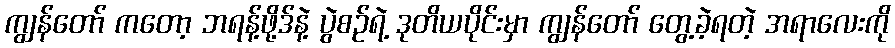
ကျွန်တော် ကတော့ ဘရန့်ဖို့ဒ်နဲ့ ပွဲစဉ်ရဲ့ ဒုတိယပိုင်းမှာ ကျွန်တော် တွေ့ခဲ့ရတဲ့ အရာလေးကို